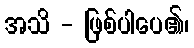
အသိ - ဖြစ်ပါပေ၏၊